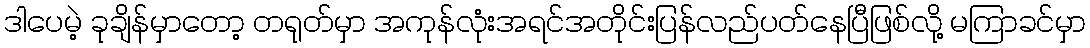
ဒါပေမဲ့ ခုချိန်မှာတော့ တရုတ်မှာ အကုန်လုံးအရင်အတိုင်းပြန်လည်ပတ်နေပြီဖြစ်လို့ မကြာခင်မှာ